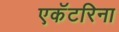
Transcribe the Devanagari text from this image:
एकॅटरिना